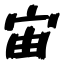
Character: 宙